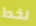
لخط